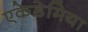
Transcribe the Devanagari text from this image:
एकेडेमिया